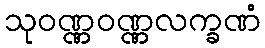
သုဝဏ္ဏဝဏ္ဏလက္ခဏံ